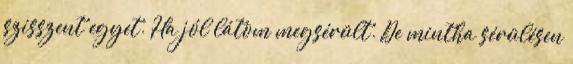
szisszent egyet. Ha jól látom megsérült. De mintha sérülésen